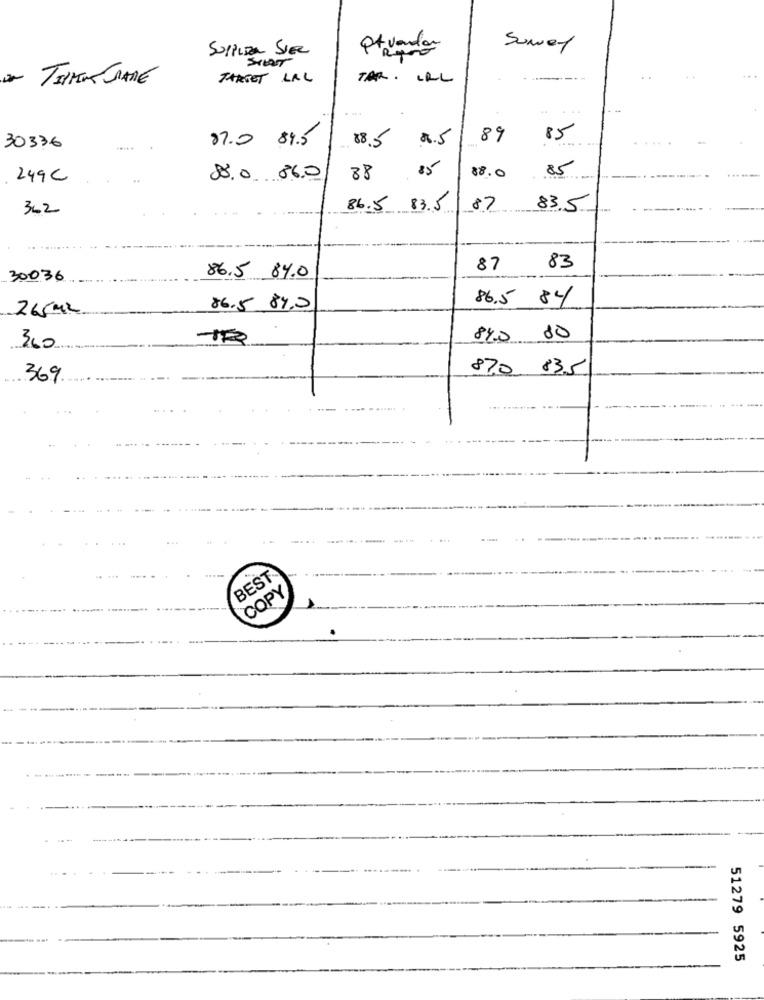
SUPPEDR SIER
Pfvendor
Sumet
SILENT
TARGET LAL
TAR. URL
87.0 89.5
88.5
8.5
89
85
30336
.....
88.0
85
249€
88.0 860
88
362
86.5 83.5
87
83.5
87
83
30036
86.5 8%0
86.5 84
265m2
86.5 840
845
80
360
870 83.5
369
...
BEST
COPY
51279 5925